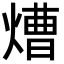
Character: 㷮